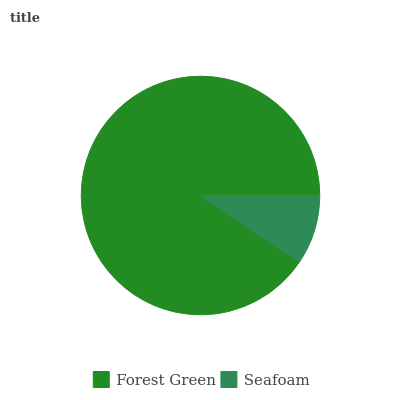
| Forest Green | Seafoam |
 | --- | --- |
 | 90.6% | 9.42% |